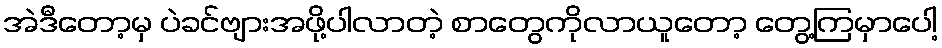
အဲဒီတော့မှ ပဲခင်ဗျားအဖို့ပါလာတဲ့ စာတွေကိုလာယူတော့ တွေ့ကြမှာပေါ့